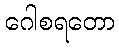
ဂေါစရတော